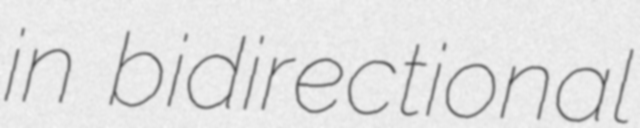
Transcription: in bidirectional